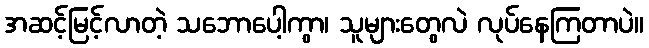
အဆင့်မြင့်လာတဲ့ သဘောပေါ့ကွာ၊ သူများတွေလဲ လုပ်နေကြတာပဲ။